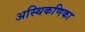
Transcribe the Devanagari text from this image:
अस्थिकणिका